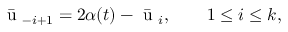
\bar { \mathrm { ~ u ~ } } _ { - i + 1 } = 2 \alpha ( t ) - \bar { \mathrm { ~ u ~ } } _ { i } , \qquad 1 \leq i \leq k ,